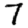
Digit: 7